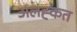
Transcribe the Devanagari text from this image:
अलह्कत